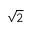
\sqrt { 2 }